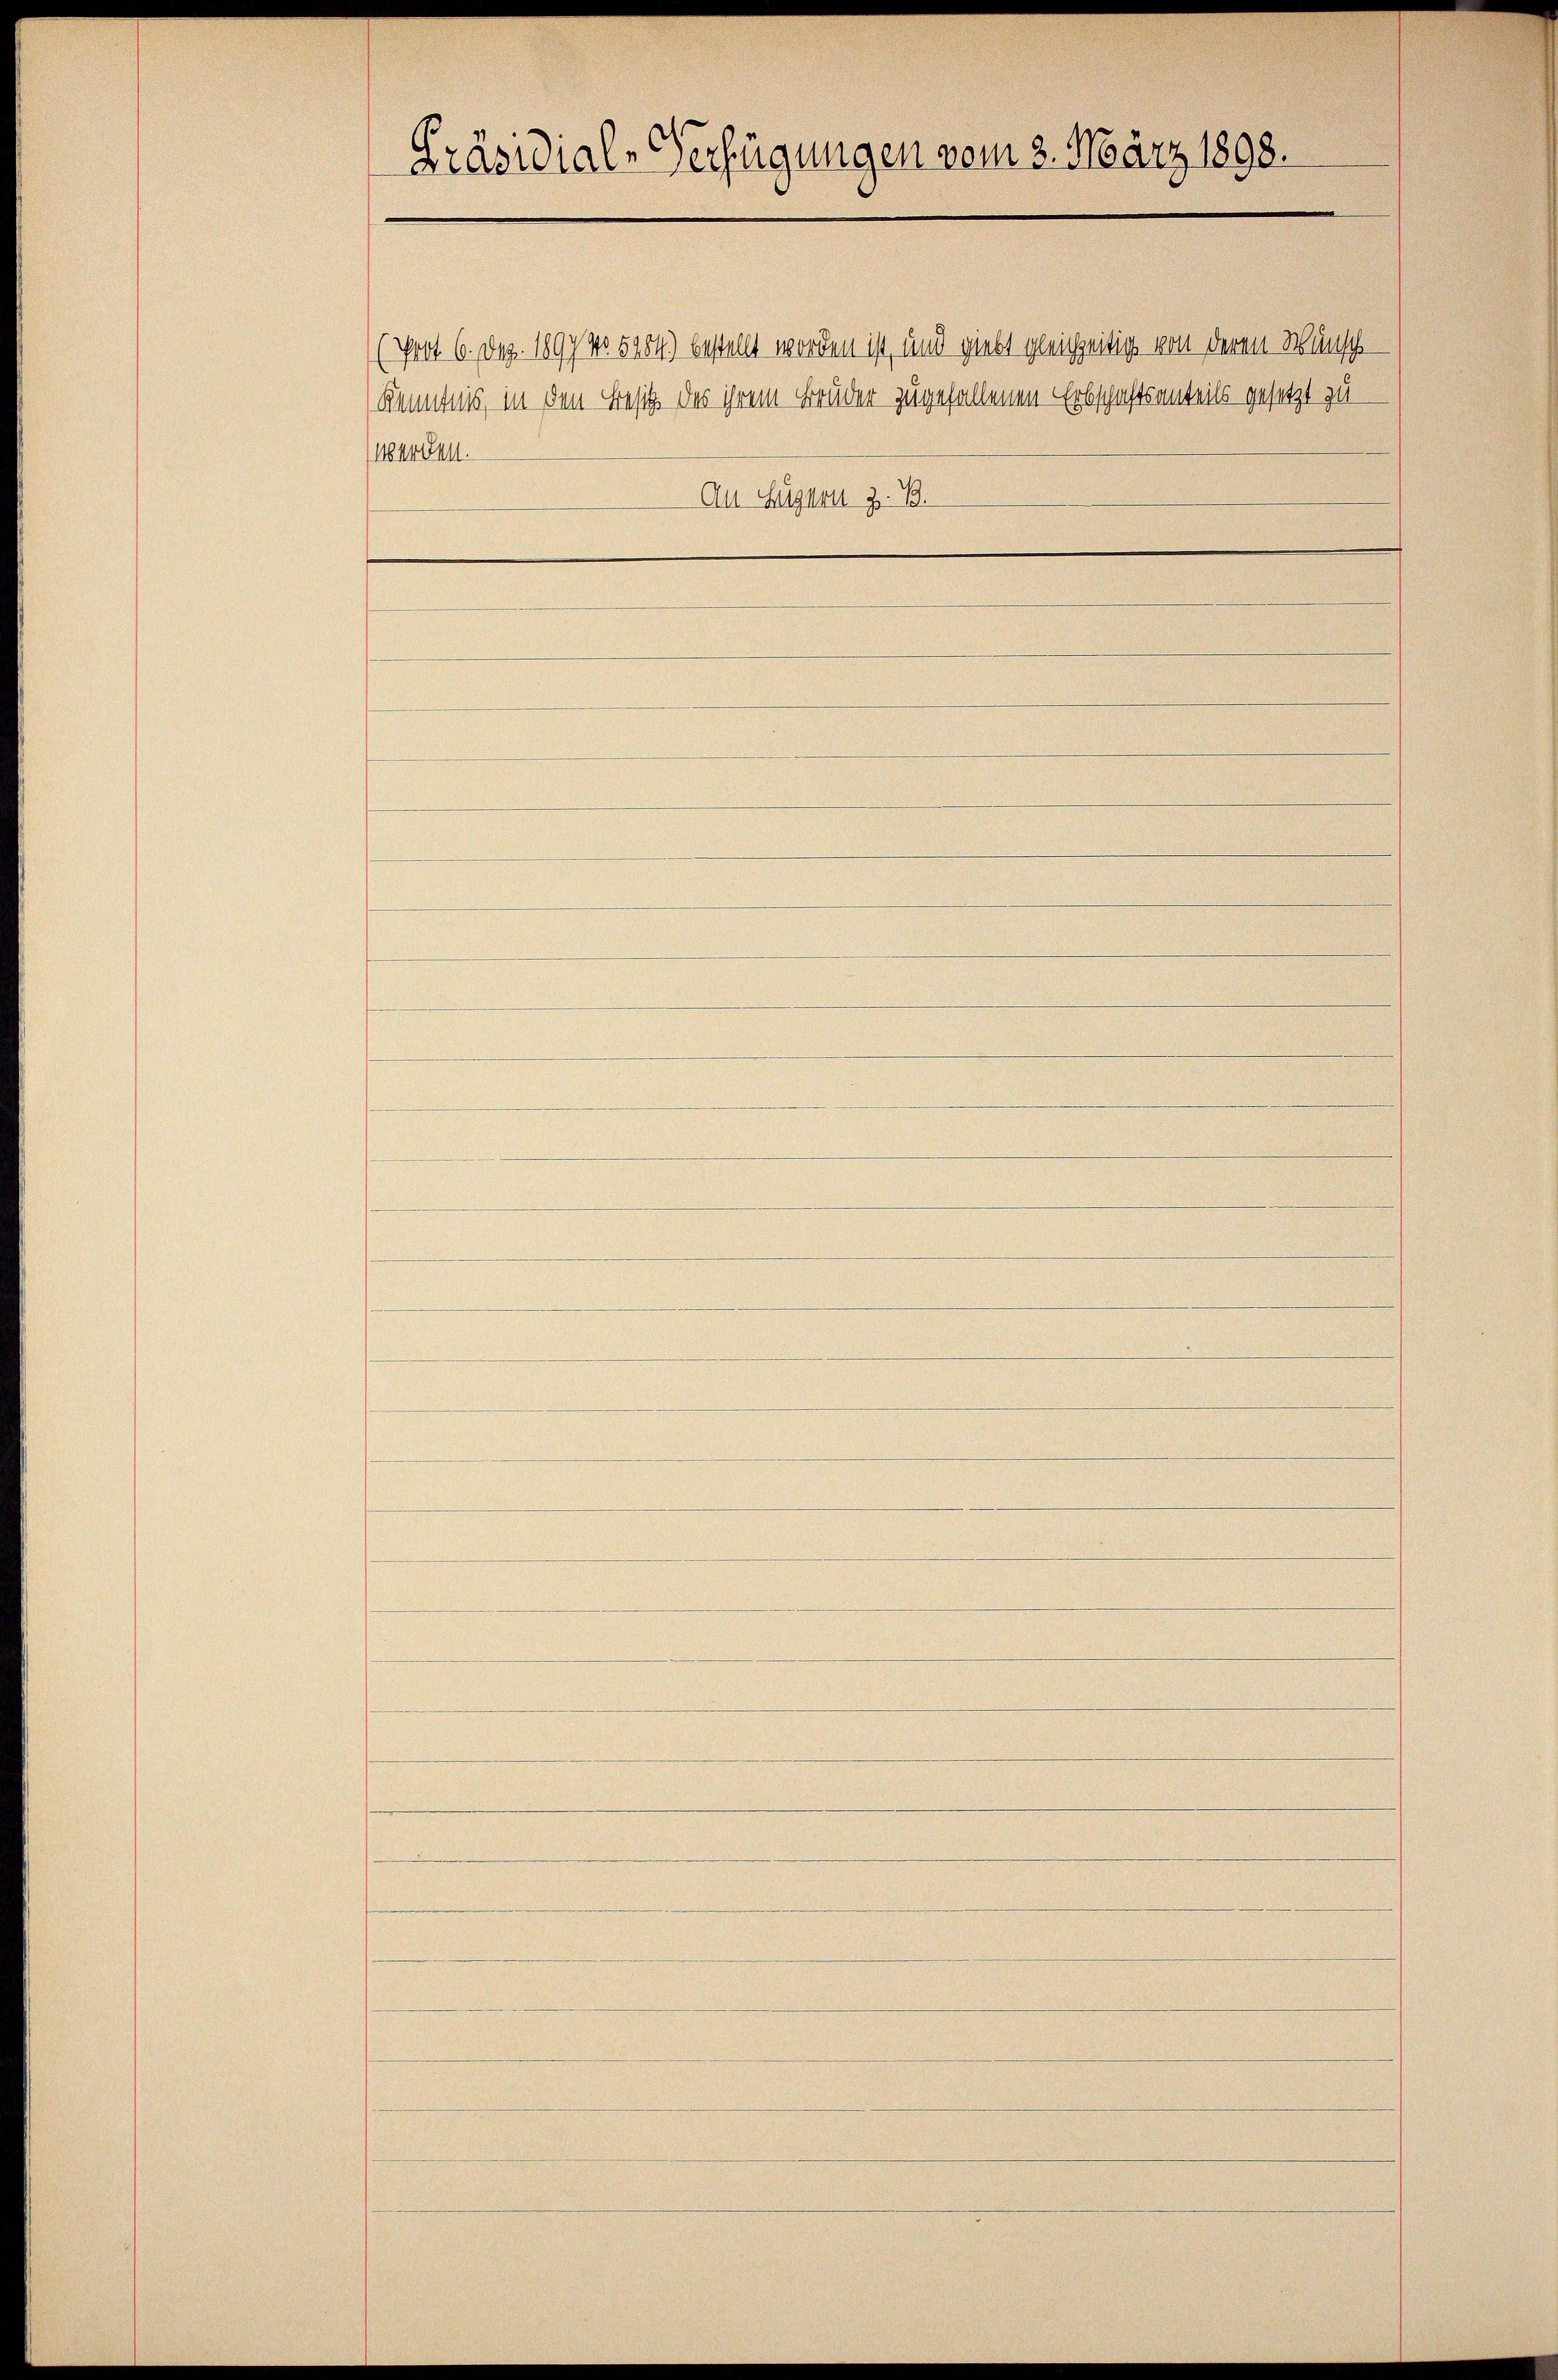
Präsidial-Verfügungen vom 2. März 1898.

Kenntnis, in den Besitz des ihrem Bruder zugefallenen Erbschaftsanteils gesetzt zuerden.
Au Segern z. B.

(Prot. 6. Dez. 1897 No 5904) bestellt worden ist, und giebt gleichzeitig von deren Wunsch-